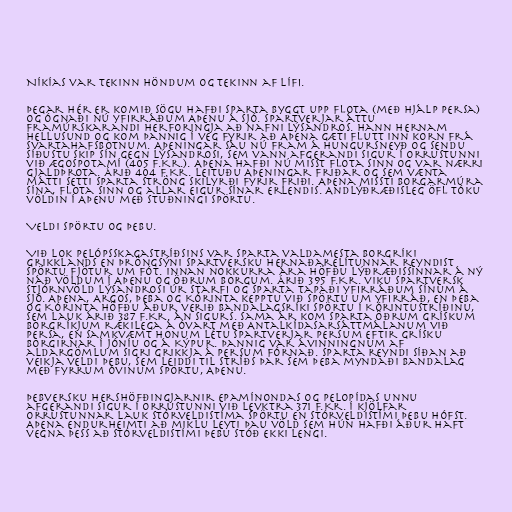
Níkías var tekinn höndum og tekinn af lífi.

Þegar hér er komið sögu hafði Sparta byggt upp flota (með hjálp Persa)
og ógnaði nú yfirráðum Aþenu á sjó. Spartverjar áttu
framúrskarandi herforingja að nafni Lýsandros. Hann hernam
Hellusund og kom þannig í veg fyrir að Aþena gæti flutt inn korn frá
Svartahafsbotnum. Aþeningar sáu nú fram á hungursneyð og sendu
síðustu skip sín gegn Lýsandrosi, sem vann afgerandi sigur í orrustunni
við Ægospotamí (405 f.Kr.). Aþena hafði nú misst flota sinn og var nærri
gjaldþrota. Árið 404 f.Kr. leituðu Aþeningar friðar og sem vænta
mátti setti Sparta ströng skilyrði fyrir friði. Aþena missti borgarmúra
sína, flota sinn og allar eigur sínar erlendis. Andlýðræðisleg öfl tóku
völdin í Aþenu með stuðningi Spörtu.

Veldi Spörtu og Þebu.

Við lok Pelópsskagastríðsins var Sparta valdamesta borgríki
Grikklands en þröngsýni spartversku hernaðarelítunnar reyndist
Spörtu fjötur um fót. Innan nokkurra ára höfðu lýðræðissinnar á ný
náð völdum í Aþenu og öðrum borgum. Árið 395 f.Kr. viku spartversk
stjórnvöld Lýsandrosi úr starfi og Sparta tapaði yfirráðum sínum á
sjó. Aþena, Argos, Þeba og Kórinta kepptu við Spörtu um yfirráð, en Þeba
og Kórinta höfðu áður verið bandalagsríki Spörtu í Kórintustríðinu,
sem lauk árið 387 f.Kr. án sigurs. Sama ár kom Sparta öðrum grískum
borgríkjum rækilega á óvart með Antalkídasarsáttmálanum við
Persa, en samkvæmt honum létu Spartverjar Persum eftir grísku
borgirnar í Jóníu og á Kýpur. Þannig var ávinningnum af
aldargömlum sigri Grikkja á Persum fórnað. Sparta reyndi síðan að
veikja veldi Þebu, sem leiddi til stríðs þar sem Þeba myndaði bandalag
með fyrrum óvinum Spörtu, Aþenu.

Þebversku hershöfðingjarnir Epamínondas og Pelopídas unnu
afgerandi sigur í orrustunni við Levktra 371 f.Kr. Í kjölfar
orrustunnar lauk stórveldistíma Spörtu en stórveldistími Þebu hófst.
Aþena endurheimti að miklu leyti þau völd sem hún hafði áður haft
vegna þess að stórveldistími Þebu stóð ekki lengi.